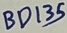
Text: BD135